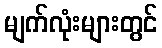
မျက်လုံးများတွင်